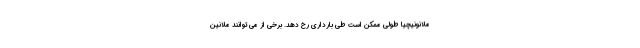
ملانونیچیا طولی ممکن است طی بارداری رخ دهد. برخی از می توانند ملانین